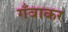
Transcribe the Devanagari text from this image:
गँवाकर